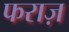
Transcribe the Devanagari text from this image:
फराज़